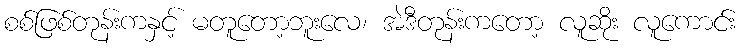
စစ်ဖြစ်တုန်းကနှင့် မတူတော့ဘူးလေ၊ အဲဒီတုန်းကတော့ လူဆိုး လူကောင်း